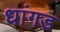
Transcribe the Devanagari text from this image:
धांगड